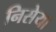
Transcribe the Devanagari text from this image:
निसेया